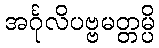
အင်္ဂုလိပဗ္ဗမတ္တမ္ပိ